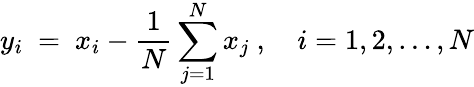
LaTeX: y_{i}\ =\ x_{i}-\frac{1}{N}\sum_{j=1}^{N}x_{j}\ ,\quad i=1,2,\ldots,N